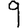
Digit: 9